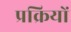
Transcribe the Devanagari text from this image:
प्रक्रियों